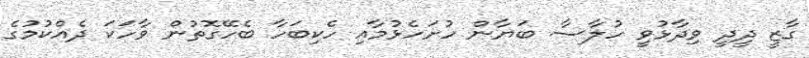
ގާޒީ ދީދީ ވިދާޅުވީ ހުލާސާ ބަޔާން ހުށަހެޅުމާއި ހެކިބަހާ ބެހޭގޮތުން ވާހަކަ ދެއްކުމުގެ